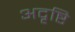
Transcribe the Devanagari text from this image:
अदृष्टि